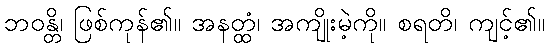
ဘဝန္တိ၊ ဖြစ်ကုန်၏။ အနတ္ထံ၊ အကျိုးမဲ့ကို။ စရတိ၊ ကျင့်၏။